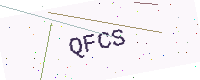
Text: QFCS